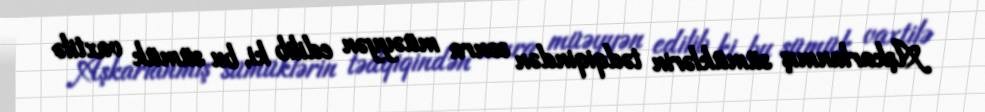
Aşkarlanmış sümüklərin tədqiqindən sonra müəyyən edilib ki, bu sümük vaxtilə